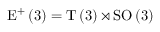
\mathrm { E } ^ { + } \left( 3 \right) = \mathrm { T } \left( 3 \right) \rtimes \mathrm { S O } \left( 3 \right)